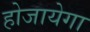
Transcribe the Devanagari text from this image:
होजायेगा